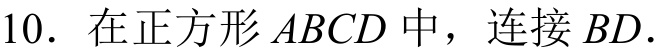
10. 在正方形\(ABCD\)中，连接\(BD\).